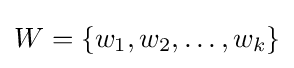
W=\{w_{1},w_{2},\dots ,w_{k}\}